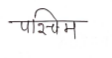
मजकूर: पश्चिम